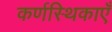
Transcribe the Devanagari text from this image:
कर्णस्थिकाएँ